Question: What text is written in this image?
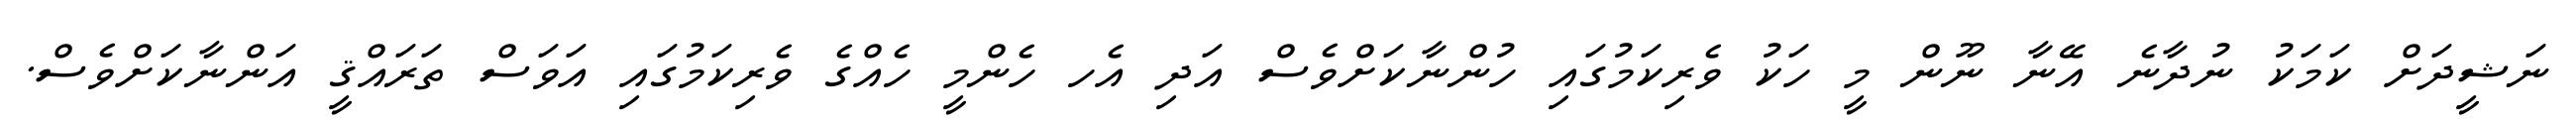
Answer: ނަޝީދަށް ކަމަކު ނުދާނެ އޭނާ ނޫން މީ ހަކު ވެރިކަމުގައި ހުންނާކަށްވެސް އަދި އެހ ހެންމީ ހެއްގެ ވެރިކަމުގައި އަވަސް ތަރައްޤީ އަންނާކަށްވެސް.